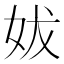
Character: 妭